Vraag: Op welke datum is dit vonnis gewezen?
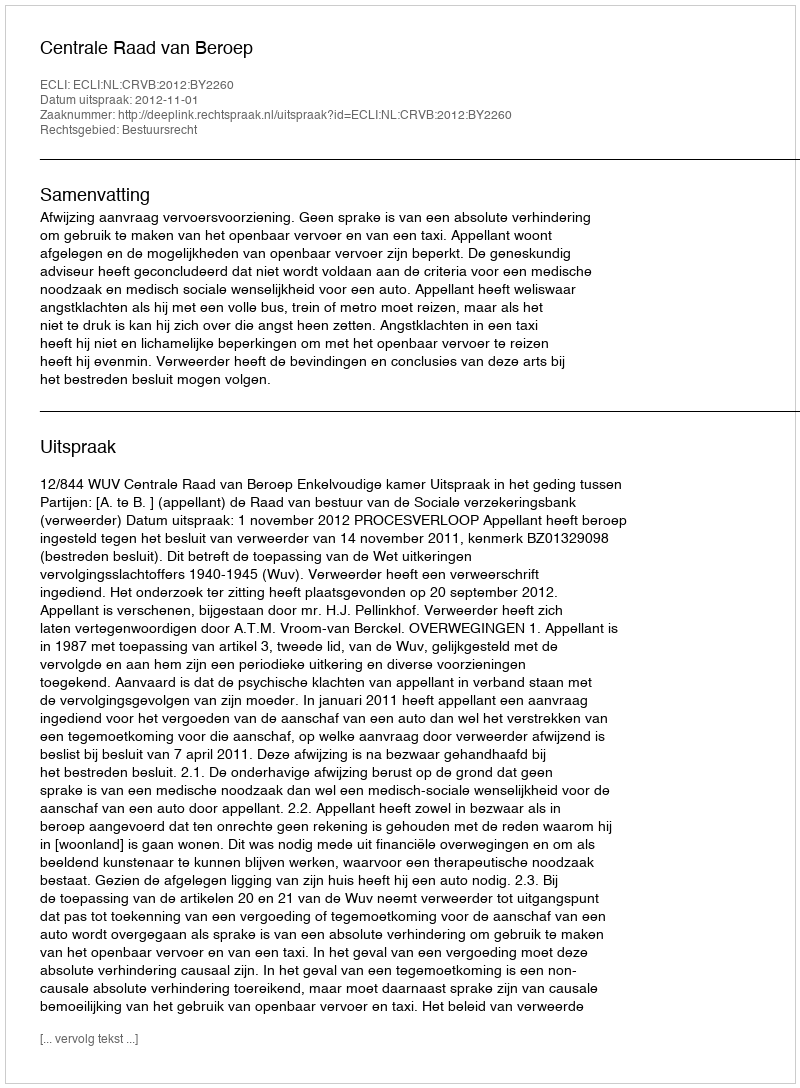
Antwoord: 2012-11-01